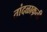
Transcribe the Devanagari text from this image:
तांदळाकृती